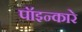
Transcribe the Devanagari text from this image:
पॉइन्कारे